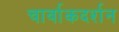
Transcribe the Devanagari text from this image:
चार्वाकदर्शन